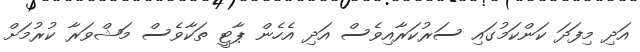
އަދި މިފަދަ ކަންކަމުގައި ސަރުކަރާއިވެސް އަދި އެހެން ޕާޓީ ތަކާވެސް މަޝްވަރާ ކުރުމަށް